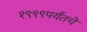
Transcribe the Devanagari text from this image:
१९९९पर्यंतचे